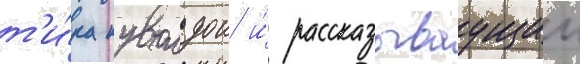
т'и́ка кувалдои и́ рассказываущии